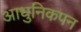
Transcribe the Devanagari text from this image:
आधुनिकपन